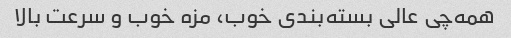
همه‌چی عالی بسته‌بندی خوب، مزه خوب و سرعت بالا